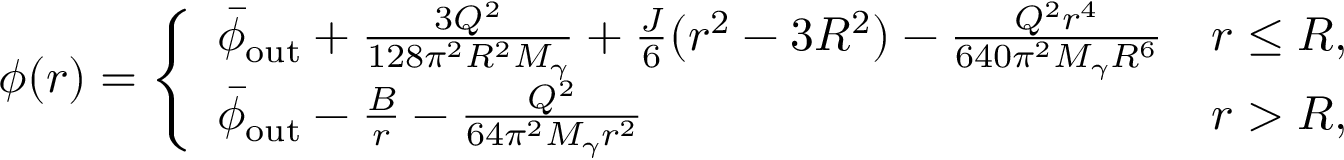
\phi ( r ) = \left\{ \begin{array} { l l } { \bar { \phi } _ { \mathrm { o u t } } + \frac { 3 Q ^ { 2 } } { 1 2 8 \pi ^ { 2 } R ^ { 2 } M _ { \gamma } } + \frac { J } { 6 } ( r ^ { 2 } - 3 R ^ { 2 } ) - \frac { Q ^ { 2 } r ^ { 4 } } { 6 4 0 \pi ^ { 2 } M _ { \gamma } R ^ { 6 } } } & { r \leq R , } \\ { \bar { \phi } _ { \mathrm { o u t } } - \frac { B } { r } - \frac { Q ^ { 2 } } { 6 4 \pi ^ { 2 } M _ { \gamma } r ^ { 2 } } } & { r > R , } \end{array} \right.